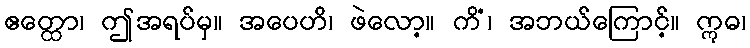
ဧတ္ထော၊ ဤအရပ်မှ။ အပေဟိ၊ ဖဲလော့။ ကိံ၊ အဘယ်ကြောင့်။ ဣဓ၊